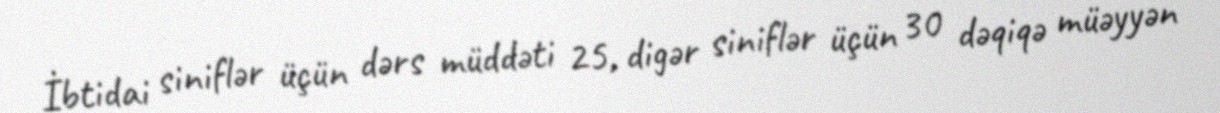
İbtidai siniflər üçün dərs müddəti 25, digər siniflər üçün 30 dəqiqə müəyyən